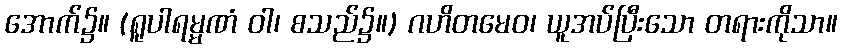
အောက်၌။ (ရူပါရမ္မဏံ ဝါ၊ စသည်၌။) ဂဟိတမေဝ၊ ယူအပ်ပြီးသော တရားကိုသာ။